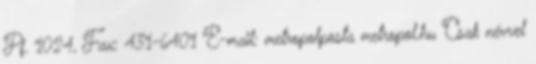
Pf. 1024, Fax: 431-6401 E-mail: metropolposta metropol.hu Csak névvel